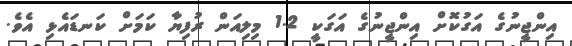
އިންޖީނުގެ އަގުކޮށް އިންޖީނުގެ އަގަކީ 1.2 މިލިއަން ރުފިޔާ ކަމަށް ކަނޑައެޅި އެވެ.